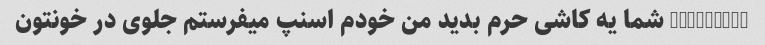
@herbiyeh شما یه کاشی حرم بدید من خودم اسنپ میفرستم جلوی در خونتون